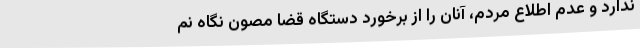
ندارد و عدم اطلاع مردم، آنان را از برخورد دستگاه قضا مصون نگاه نم